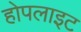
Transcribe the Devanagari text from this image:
होपलाइट